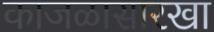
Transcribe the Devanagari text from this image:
काजळासारखा